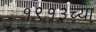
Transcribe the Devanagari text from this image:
१९१३च्या